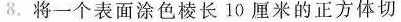
8.将一个表面涂色棱长10厘米的正方体切